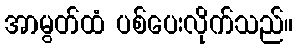
အာမွတ်ထံ ပစ်ပေးလိုက်သည်။